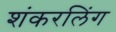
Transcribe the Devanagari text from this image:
शंकरलिंग